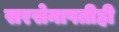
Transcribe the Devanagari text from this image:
सरसेनापतीही